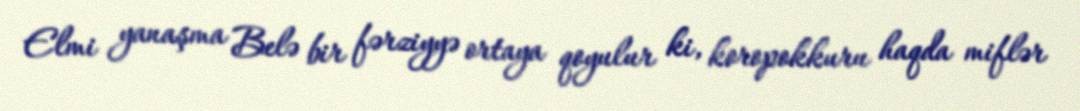
Elmi yanaşma Belə bir fərziyyə ortaya qoyulur ki, koropokkuru haqda miflər